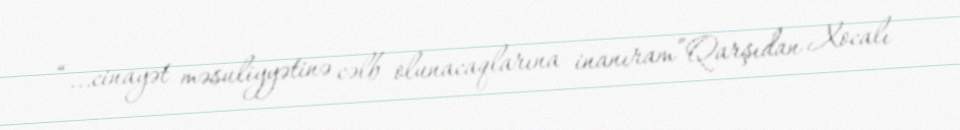
“...cinayət məsuliyyətinə cəlb olunacaqlarına inanıram”Qarşıdan Xocalı